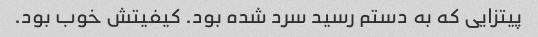
پیتزایی که به دستم رسید سرد شده بود. کیفیتش خوب بود.